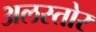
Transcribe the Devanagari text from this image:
अलस्तोर